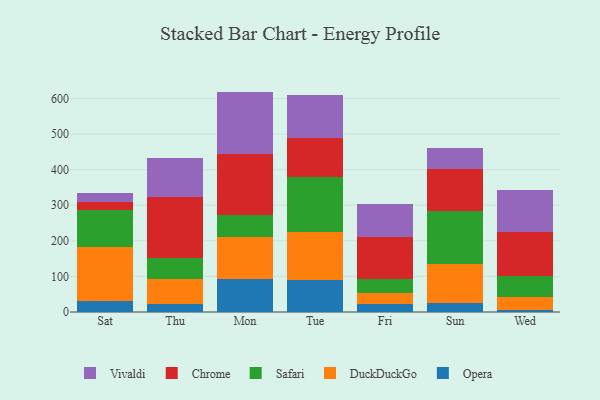
{"axis": {"x": "Day", "y": "Tickets Resolved"}, "legend": ["Chrome", "DuckDuckGo", "Opera", "Safari", "Vivaldi"], "data": [{"x": "Sat", "y": 31.9, "type": "Opera"}, {"x": "Sat", "y": 151.8, "type": "DuckDuckGo"}, {"x": "Sat", "y": 101.6, "type": "Safari"}, {"x": "Sat", "y": 24.0, "type": "Chrome"}, {"x": "Sat", "y": 24.9, "type": "Vivaldi"}, {"x": "Thu", "y": 21.6, "type": "Opera"}, {"x": "Thu", "y": 70.3, "type": "DuckDuckGo"}, {"x": "Thu", "y": 60.2, "type": "Safari"}, {"x": "Thu", "y": 172.2, "type": "Chrome"}, {"x": "Thu", "y": 108.3, "type": "Vivaldi"}, {"x": "Mon", "y": 92.0, "type": "Opera"}, {"x": "Mon", "y": 118.3, "type": "DuckDuckGo"}, {"x": "Mon", "y": 62.2, "type": "Safari"}, {"x": "Mon", "y": 171.5, "type": "Chrome"}, {"x": "Mon", "y": 175.3, "type": "Vivaldi"}, {"x": "Tue", "y": 89.7, "type": "Opera"}, {"x": "Tue", "y": 134.8, "type": "DuckDuckGo"}, {"x": "Tue", "y": 156.0, "type": "Safari"}, {"x": "Tue", "y": 108.2, "type": "Chrome"}, {"x": "Tue", "y": 120.2, "type": "Vivaldi"}, {"x": "Fri", "y": 23.8, "type": "Opera"}, {"x": "Fri", "y": 28.6, "type": "DuckDuckGo"}, {"x": "Fri", "y": 40.2, "type": "Safari"}, {"x": "Fri", "y": 119.2, "type": "Chrome"}, {"x": "Fri", "y": 92.8, "type": "Vivaldi"}, {"x": "Sun", "y": 25.0, "type": "Opera"}, {"x": "Sun", "y": 110.3, "type": "DuckDuckGo"}, {"x": "Sun", "y": 148.1, "type": "Safari"}, {"x": "Sun", "y": 117.3, "type": "Chrome"}, {"x": "Sun", "y": 61.2, "type": "Vivaldi"}, {"x": "Wed", "y": 5.2, "type": "Opera"}, {"x": "Wed", "y": 35.7, "type": "DuckDuckGo"}, {"x": "Wed", "y": 60.6, "type": "Safari"}, {"x": "Wed", "y": 123.6, "type": "Chrome"}, {"x": "Wed", "y": 116.7, "type": "Vivaldi"}]}